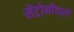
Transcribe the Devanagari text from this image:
सेंट्रोमीयरों